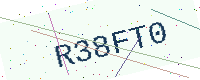
Text: R38FT0